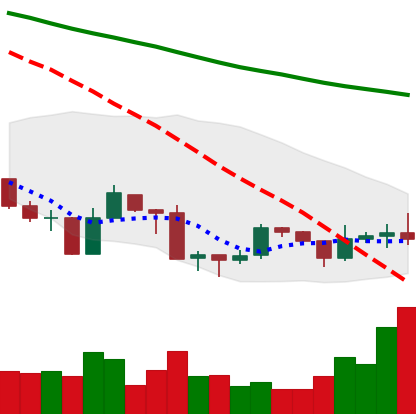
Ticker: ADA-USD
Chart end date: 2019-08-25
Forward return: -9.333%
Label: down_7plus